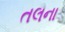
તલના